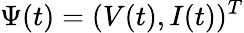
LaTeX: \Psi(t)=(V(t),I(t))^{T}